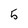
Character: 5